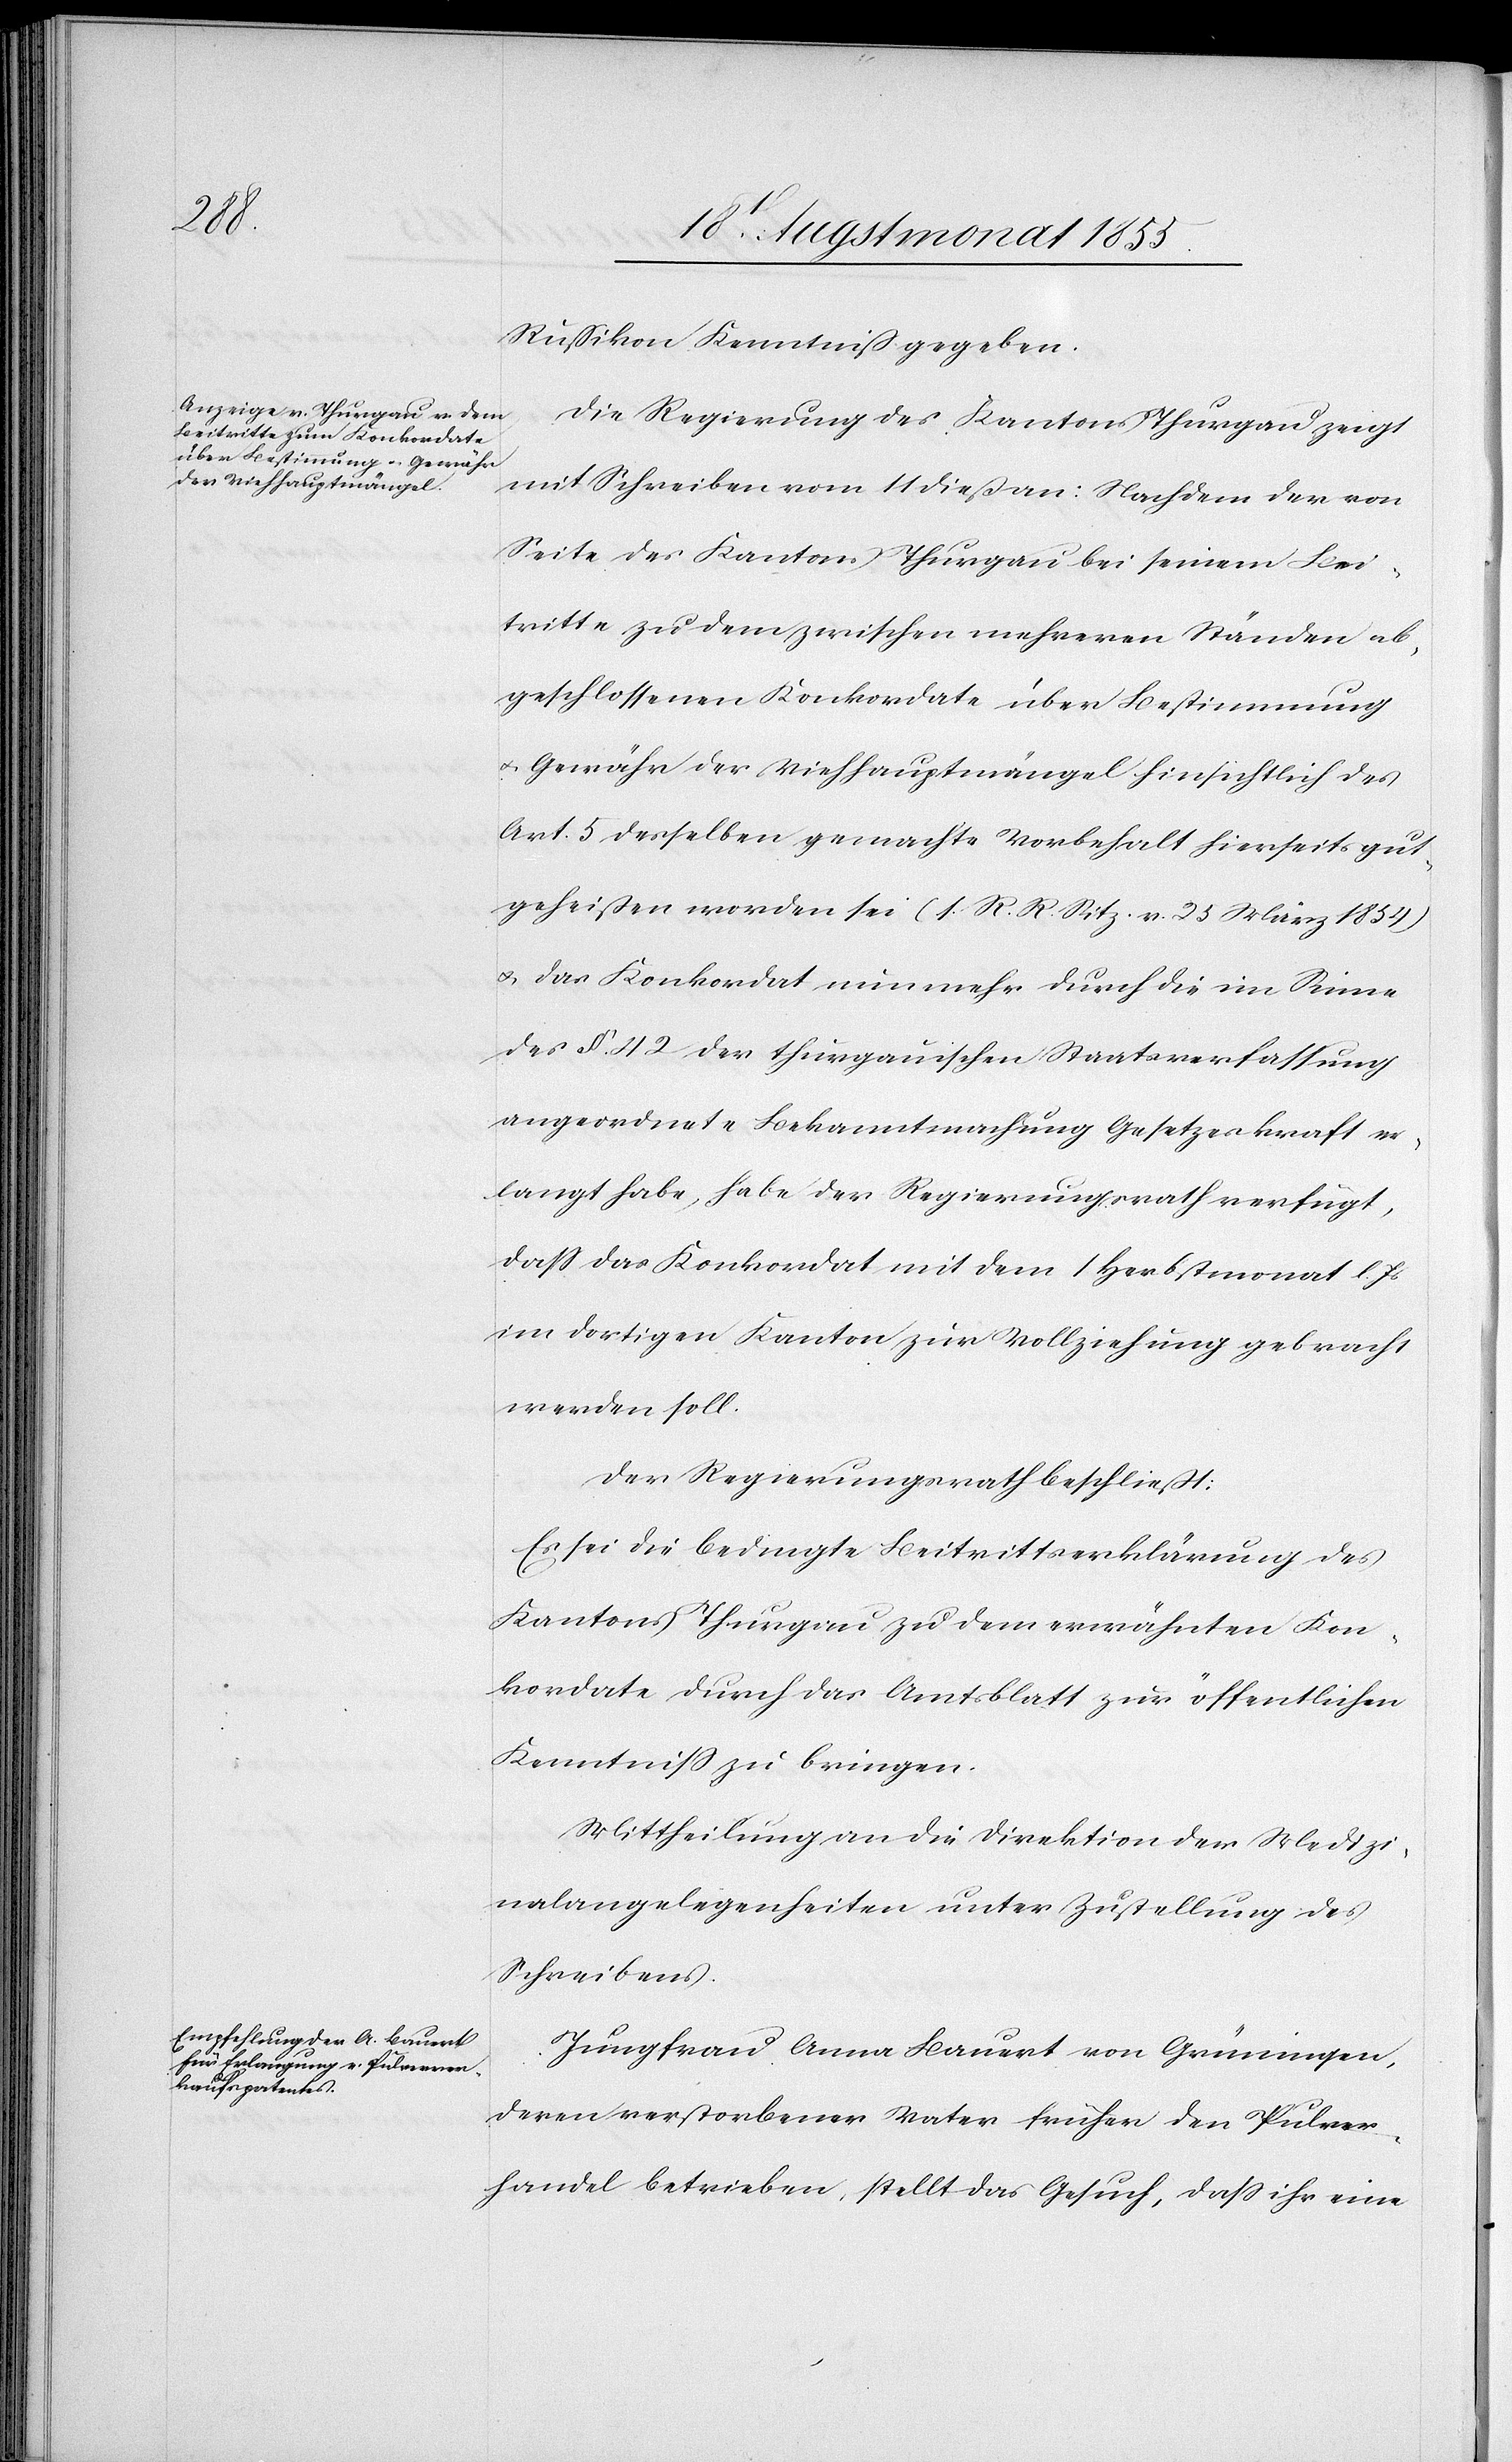
Rußikon Kenntniß gegeben.
Die Regierung des Kantons Thurgau zeigt
mit Schreiben vom 11 dieß an: Nachdem der von
Seite des Kantons Thurgau bei seinem Bei¬
tritte zu dem zwischen mehreren Ständen ab¬
geschlossenen Konkordate über Bestimmung
& Gewähr der Viehhauptmängel hinsichtlich des
Art. 5 desselben gemachte Vorbehalt hierseits gut¬
geheißen worden sei (s. R. R. Sitz. v. 25 März 1854)
& das Konkordat nunmehr durch die im Sinne
des §. 42 der thurgauischen Staatsverfassung
angeordnete Bekanntmachung Gesetzeskraft er¬
langt habe, habe der Regierungsrath verfügt,
dass das Konkordat mit dem 1 Herbstmonat l. Js
im dortigen Kanton zur Vollziehung gebracht
werden soll.
Der Regierungsrath beschließt:
Es sei die bedingte Beitrittserklärung des
Kantons Thurgau zu dem erwähnten Kon¬
kordate durch das Amtsblatt zur öffentlichen
Kenntniss zu bringen.
Mittheilung an die Direktion der Medizi¬
nalangelegenheiten unter Zustellung des
Schreibens.
Jungfrau Anna Bauert von Grüningen,
deren verstorbener Vater früher den Pulver¬
handel betrieben, stellt das Gesuch, dass ihr eine